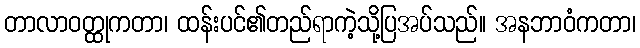
တာလာဝတ္ထုကတာ၊ ထန်းပင်၏တည်ရာကဲ့သို့ပြအပ်သည်။ အနဘာဝံကတာ၊